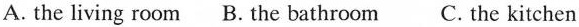
A. the living room B. The bathroom C. The kitchen